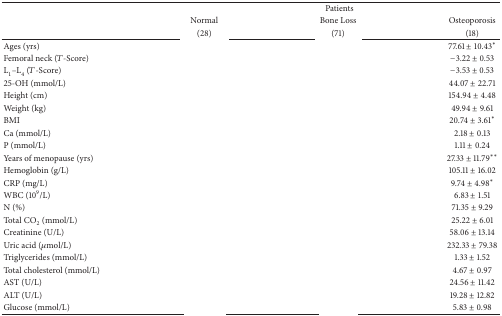
<table><thead><tr><td rowspan="3">[EMPTY_CELL]</td><td colspan="3"><b>Patients</b></td></tr><tr><td><b>Normal</b></td><td><b>Bone Loss</b></td><td><b>Osteoporosis</b></td></tr><tr><td><b>(28)</b></td><td><b>(71)</b></td><td><b>(18)</b></td></tr></thead><tbody><tr><td>Ages (yrs)</td><td>[EMPTY_CELL]</td><td>[EMPTY_CELL]</td><td>77.61 ± 10.43<sup><i>∗</i></sup></td></tr><tr><td>Femoral neck (<i>T</i>-Score)</td><td>[EMPTY_CELL]</td><td>[EMPTY_CELL]</td><td>−3.22 ± 0.53</td></tr><tr><td>L<sub>1</sub>–L<sub>4</sub> (<i>T</i>-Score)</td><td>[EMPTY_CELL]</td><td>[EMPTY_CELL]</td><td>−3.53 ± 0.53</td></tr><tr><td>25-OH (mmol/L)</td><td>[EMPTY_CELL]</td><td>[EMPTY_CELL]</td><td>44.07 ± 22.71</td></tr><tr><td>Height (cm)</td><td>[EMPTY_CELL]</td><td>[EMPTY_CELL]</td><td>154.94 ± 4.48</td></tr><tr><td>Weight (kg)</td><td>[EMPTY_CELL]</td><td>[EMPTY_CELL]</td><td>49.94 ± 9.61</td></tr><tr><td>BMI</td><td>[EMPTY_CELL]</td><td>[EMPTY_CELL]</td><td>20.74 ± 3.61<sup><i>∗</i></sup></td></tr><tr><td>Ca (mmol/L)</td><td>[EMPTY_CELL]</td><td>[EMPTY_CELL]</td><td>2.18 ± 0.13</td></tr><tr><td>P (mmol/L)</td><td>[EMPTY_CELL]</td><td>[EMPTY_CELL]</td><td>1.11 ± 0.24</td></tr><tr><td>Years of menopause (yrs)</td><td>[EMPTY_CELL]</td><td>[EMPTY_CELL]</td><td>27.33 ± 11.79<sup><i>∗∗</i></sup></td></tr><tr><td>Hemoglobin (g/L)</td><td>[EMPTY_CELL]</td><td>[EMPTY_CELL]</td><td>105.11 ± 16.02</td></tr><tr><td>CRP (mg/L)</td><td>[EMPTY_CELL]</td><td>[EMPTY_CELL]</td><td>9.74 ± 4.98<sup><i>∗</i></sup></td></tr><tr><td>WBC (10<sup>9</sup>/L)</td><td>[EMPTY_CELL]</td><td>[EMPTY_CELL]</td><td>6.83 ± 1.51</td></tr><tr><td>N (%)</td><td>[EMPTY_CELL]</td><td>[EMPTY_CELL]</td><td>71.35 ± 9.29</td></tr><tr><td>Total CO<sub>2</sub> (mmol/L)</td><td>[EMPTY_CELL]</td><td>[EMPTY_CELL]</td><td>25.22 ± 6.01</td></tr><tr><td>Creatinine (U/L)</td><td>[EMPTY_CELL]</td><td>[EMPTY_CELL]</td><td>58.06 ± 13.14</td></tr><tr><td> Uric acid (<i>μ</i>mol/L)</td><td>[EMPTY_CELL]</td><td>[EMPTY_CELL]</td><td>232.33 ± 79.38</td></tr><tr><td>Triglycerides (mmol/L)</td><td>[EMPTY_CELL]</td><td>[EMPTY_CELL]</td><td>1.33 ± 1.52</td></tr><tr><td>Total cholesterol (mmol/L)</td><td>[EMPTY_CELL]</td><td>[EMPTY_CELL]</td><td>4.67 ± 0.97</td></tr><tr><td>AST (U/L)</td><td>[EMPTY_CELL]</td><td>[EMPTY_CELL]</td><td>24.56 ± 11.42</td></tr><tr><td>ALT (U/L)</td><td>[EMPTY_CELL]</td><td>[EMPTY_CELL]</td><td>19.28 ± 12.82</td></tr><tr><td>Glucose (mmol/L)</td><td>[EMPTY_CELL]</td><td>[EMPTY_CELL]</td><td>5.83 ± 0.98</td></tr></tbody></table>